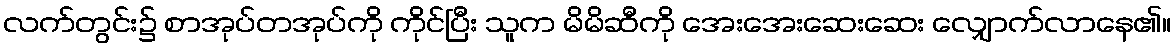
လက်တွင်း၌ စာအုပ်တအုပ်ကို ကိုင်ပြီး သူက မိမိဆီကို အေးအေးဆေးဆေး လျှောက်လာနေ၏။